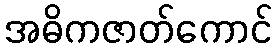
အဓိကဇာတ်ကောင်